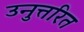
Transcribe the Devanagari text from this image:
उनुत्तरित